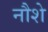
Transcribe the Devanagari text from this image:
नौशे